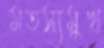
মতস্যমুখ